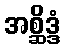
အစ္ဆိဒ္ဒံ